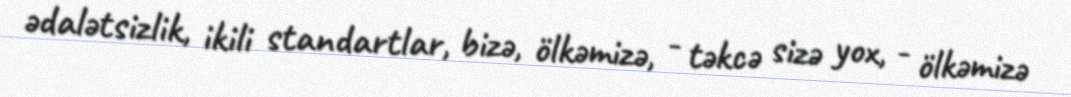
ədalətsizlik, ikili standartlar, bizə, ölkəmizə, - təkcə sizə yox, - ölkəmizə